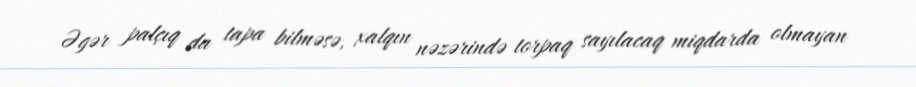
Əgər palçıq da tapa bilməsə, xalqın nəzərində torpaq sayılacaq miqdarda olmayan